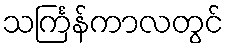
သင်္ကြန်ကာလတွင်